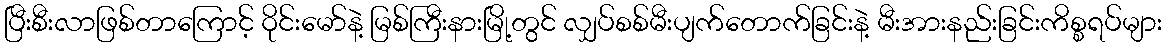
ပြီးစီးလာဖြစ်တာကြောင့် ဝိုင်းမော်နဲ့ မြစ်ကြီးနားမြို့တွင် လျှပ်စစ်မီးပျက်တောက်ခြင်းနဲ့ မီးအားနည်းခြင်းကိစ္စရပ်များ